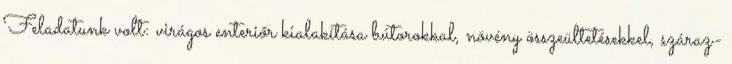
Feladatunk volt: virágos enteriőr kialakítása bútorokkal, növény összeültetésekkel, száraz-